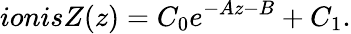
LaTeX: ionisZ(z)=C_{0}e^{-Az-B}+C_{1}.